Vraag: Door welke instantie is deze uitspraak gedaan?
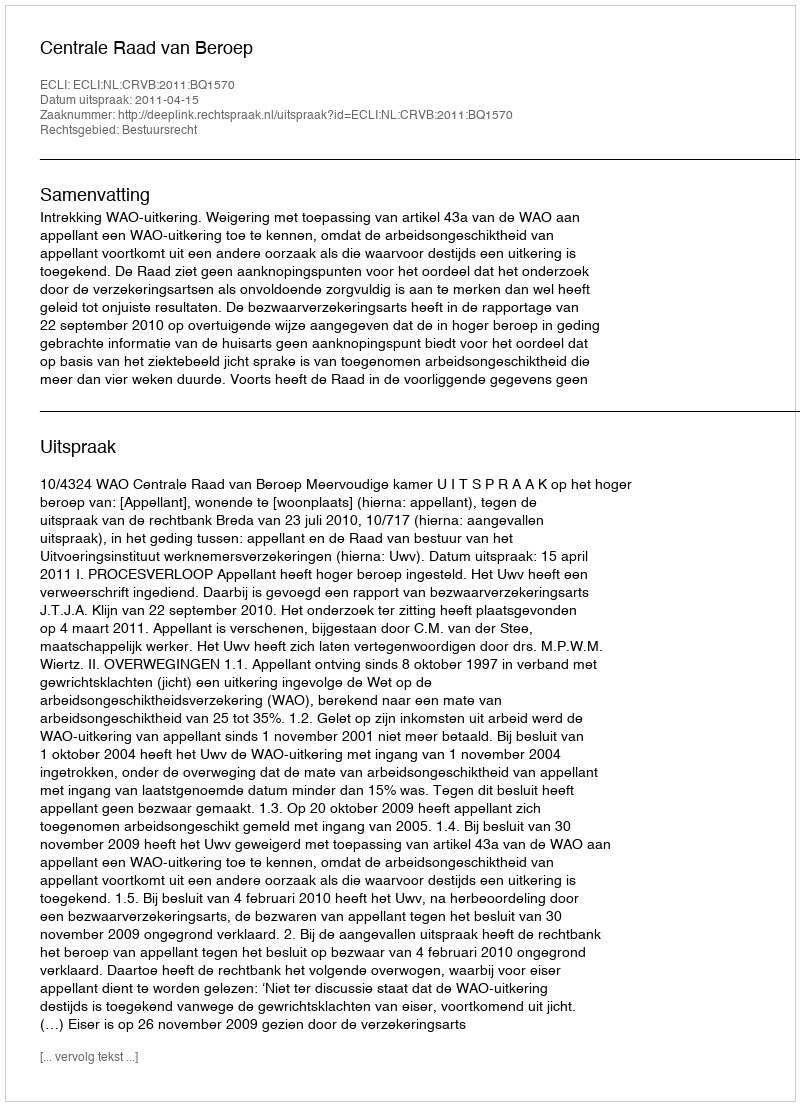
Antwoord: Centrale Raad van Beroep